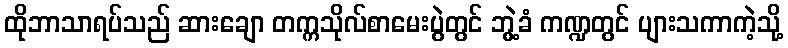
ထိုဘာသာရပ်သည် ဆားချော တက္ကသိုလ်စာမေးပွဲတွင် ဘွဲ့ခံ ကဏ္ဍတွင် ပျားသကာကဲ့သို့